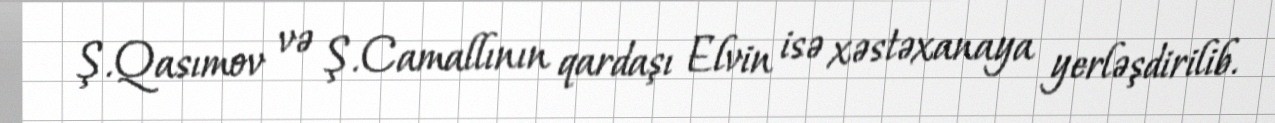
Ş.Qasımov və Ş.Camallının qardaşı Elvin isə xəstəxanaya yerləşdirilib.